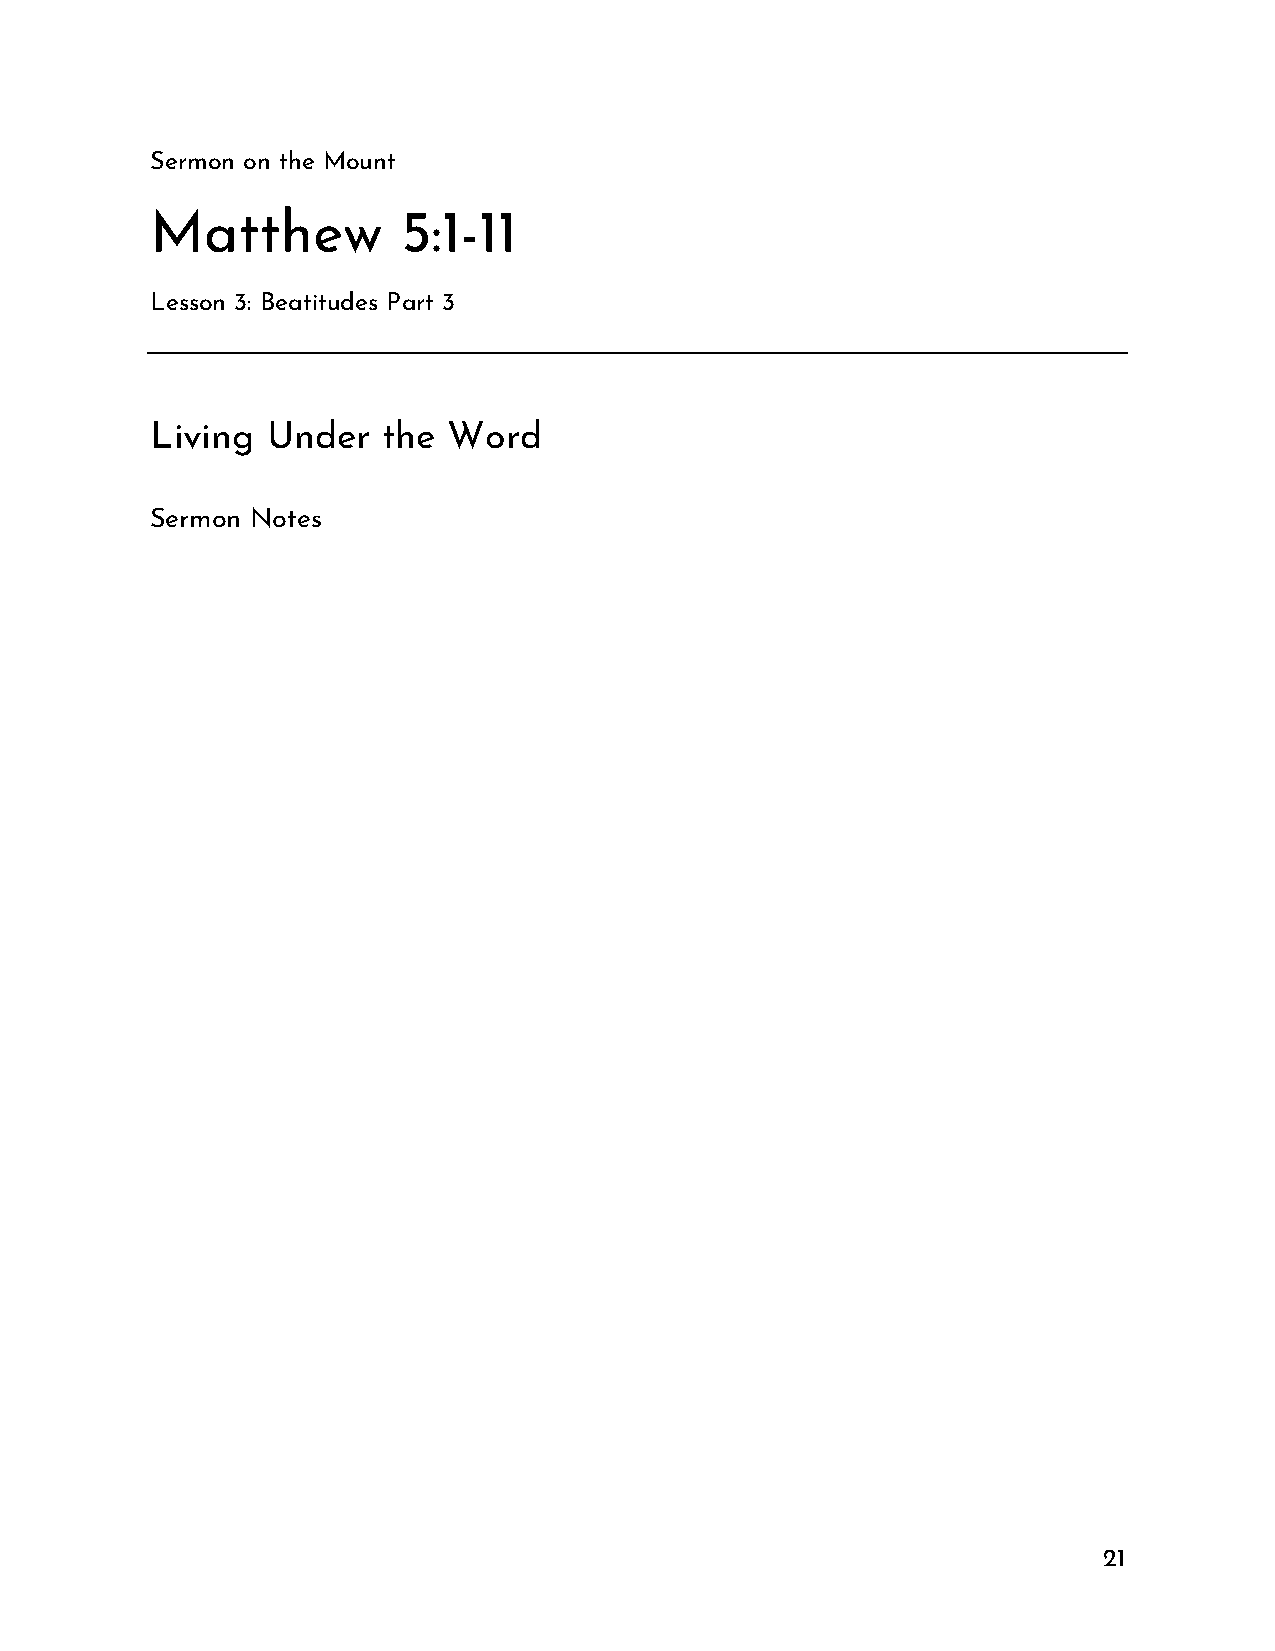
Sermon on the Mount
 Matthew          5:1-11
 Lesson 3: Beatitudes Part 3
 Living  Under  the  Word
 Sermon Notes
 21